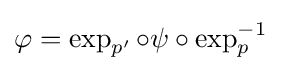
\varphi =\exp _{p'}\circ \psi \circ \exp _{p}^{-1}